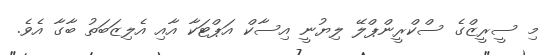
މި ސީރީޒްގެ ސްކްރީންޕްލޭ ލިޔުނީ އިސާކް އަޕްޓަކާ އާއި އެލިޒަބަތު ބާގާ އެވެ.